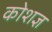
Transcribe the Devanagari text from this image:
कोशज्ञ